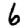
Digit: 6